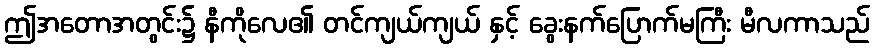
ဤအတောအတွင်း၌ နီကိုလေ၏ တင်ကျယ်ကျယ် နှင့် ခွေးနက်ပြောက်မကြီး မီလကာသည်